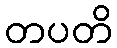
တပတိ